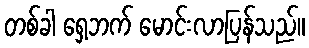
တစ်ခါ ရှေ့ဘက် မောင်းလာပြန်သည်။